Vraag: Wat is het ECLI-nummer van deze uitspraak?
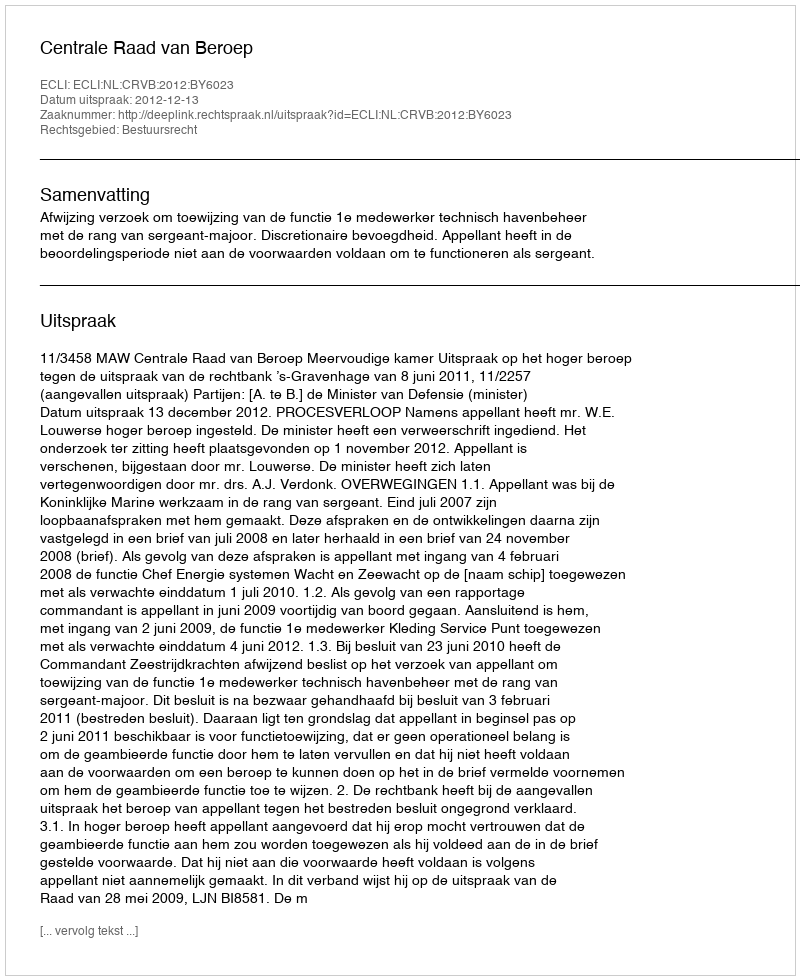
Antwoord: ECLI:NL:CRVB:2012:BY6023